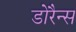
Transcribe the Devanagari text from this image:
डोरैन्स